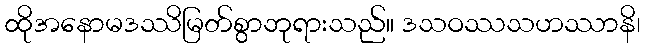
ထိုအနောမဒဿိမြတ်စွာဘုရားသည်။ ဒသဝဿသဟဿာနိ၊